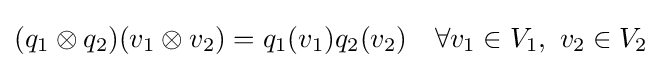
(q_{1}\otimes q_{2})(v_{1}\otimes v_{2})=q_{1}(v_{1})q_{2}(v_{2})\quad \forall v_{1}\in V_{1},\ v_{2}\in V_{2}